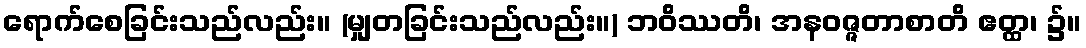
ရောက်စေခြင်းသည်လည်း။ (မျှတခြင်းသည်လည်း။) ဘဝိဿတိ၊ အနဝဇ္ဇတာစာတိ ဧတ္ထ၊ ၌။